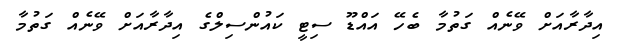
އިދާރާއަށް ވޭނެއް ގަތުމާ ބެހޭ އައްޑޫ ސިޓީ ކައުންސިލްގެ އިދާރާއަށް ވޭނެއް ގަތުމާ